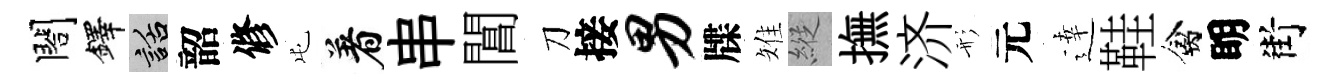
閤鐸話韶修屯着串閶刀接男牒雉縱撫济形元逹鞋禽眀街